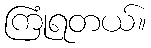
ကြုံရတယ်။